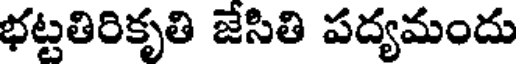
భట్టతిరికృతి జేసితి పద్యమందు